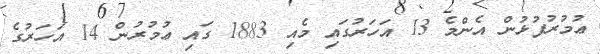
ޢުމުރުފުޅުން އެންމެ 13 އަހަރުގައި މެއި 1883 ގައި ޢުމުރުން 14 އަހަރުގެ